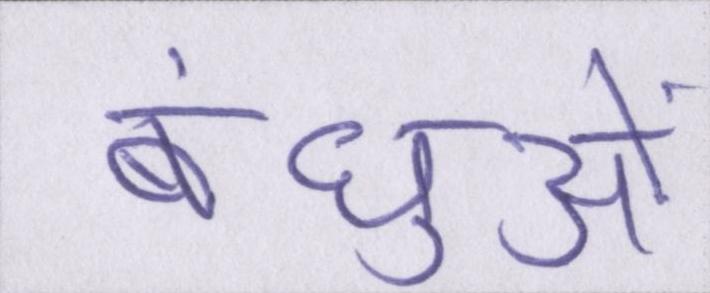
बंधुओं